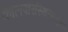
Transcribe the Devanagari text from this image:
कालपरिस्थित्यनुरूप